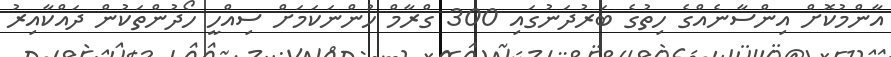
އާންމުކޮށް އިންސާނެއްގެ ހިތުގެ ބަރުދަނުގައި 300 ގްރާމް ހުންނަކަމަށް ސިއްހީ ހޯދުންތަކުން ދައްކާއިރު